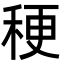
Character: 稉